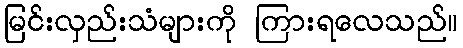
မြင်းလှည်းသံများကို ကြားရလေသည်။